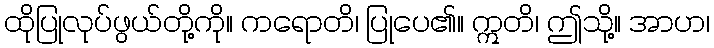
ထိုပြုလုပ်ဖွယ်တို့ကို။ ကရောတိ၊ ပြုပေ၏။ ဣတိ၊ ဤသို့။ အာဟ၊